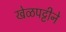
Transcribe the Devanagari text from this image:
खेळपट्टीने